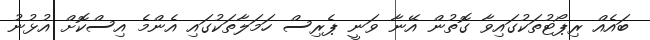
ބައެއް ރިޕޯޓުތަކުގައިވާ ގޮތުން އޭނާ ވަނީ ޕެރިސް ހަމަލާތަކުގައި އެންމެ އިސްކޮށް އުޅުނު